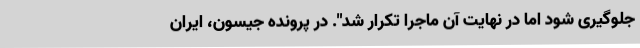
جلوگیری شود اما در نهایت آن ماجرا تکرار شد". در پرونده جیسون، ایران